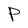
Character: P